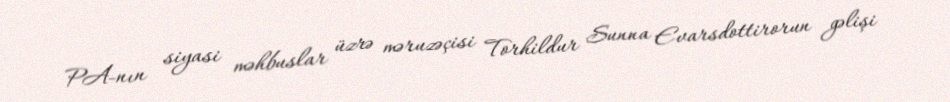
PA-nın siyasi məhbuslar üzrə məruzəçisi Torhildur Sunna Evarsdottirorun gəlişi